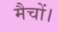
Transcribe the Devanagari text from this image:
मैचों।